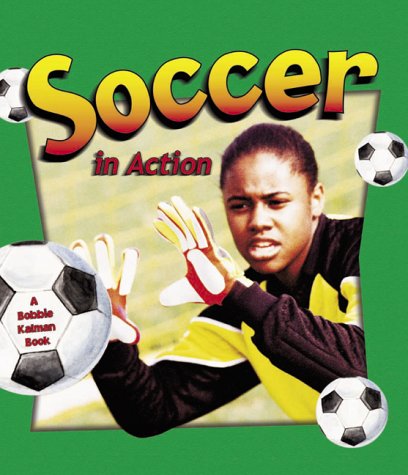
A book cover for Soccer in Action (Sports in Action); Bobbie Kalman; Children's Books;